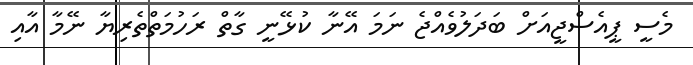
މެސީ ޕީއެސްޖީއަށް ބަދަލުވެއްޖެ ނަމަ އޭނާ ކުޅޭނީ ގާތް ރަހުމަތްތެރިޔާ ނޭމާ އާއި